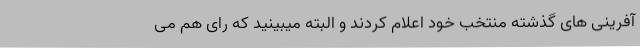
آفرینی های گذشته منتخب خود اعلام کردند و البته میبینید که رای هم می